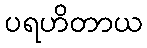
ပရဟိတာယ